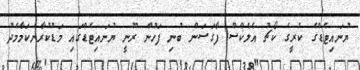
ޔުނައިޓެޑްގެ ކުރީގެ ކޯޗު އެލެކްސް ފާގަސަން ބުނި ފަހުން ރޫނީ ޔުނައިޓެޑްގައި މަޑުކުރާނެކަމާމެދު